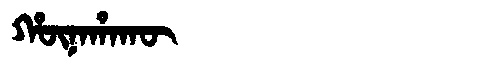
Manchu: ᡥᡡᠨᠠᡥᠠᡴᡡ
Romanization: HŪNAHAKŪ